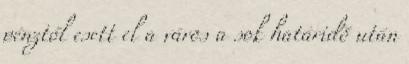
pénztől esett el a város a sok határidő után